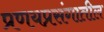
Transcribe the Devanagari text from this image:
प्रणयप्रसंगातील